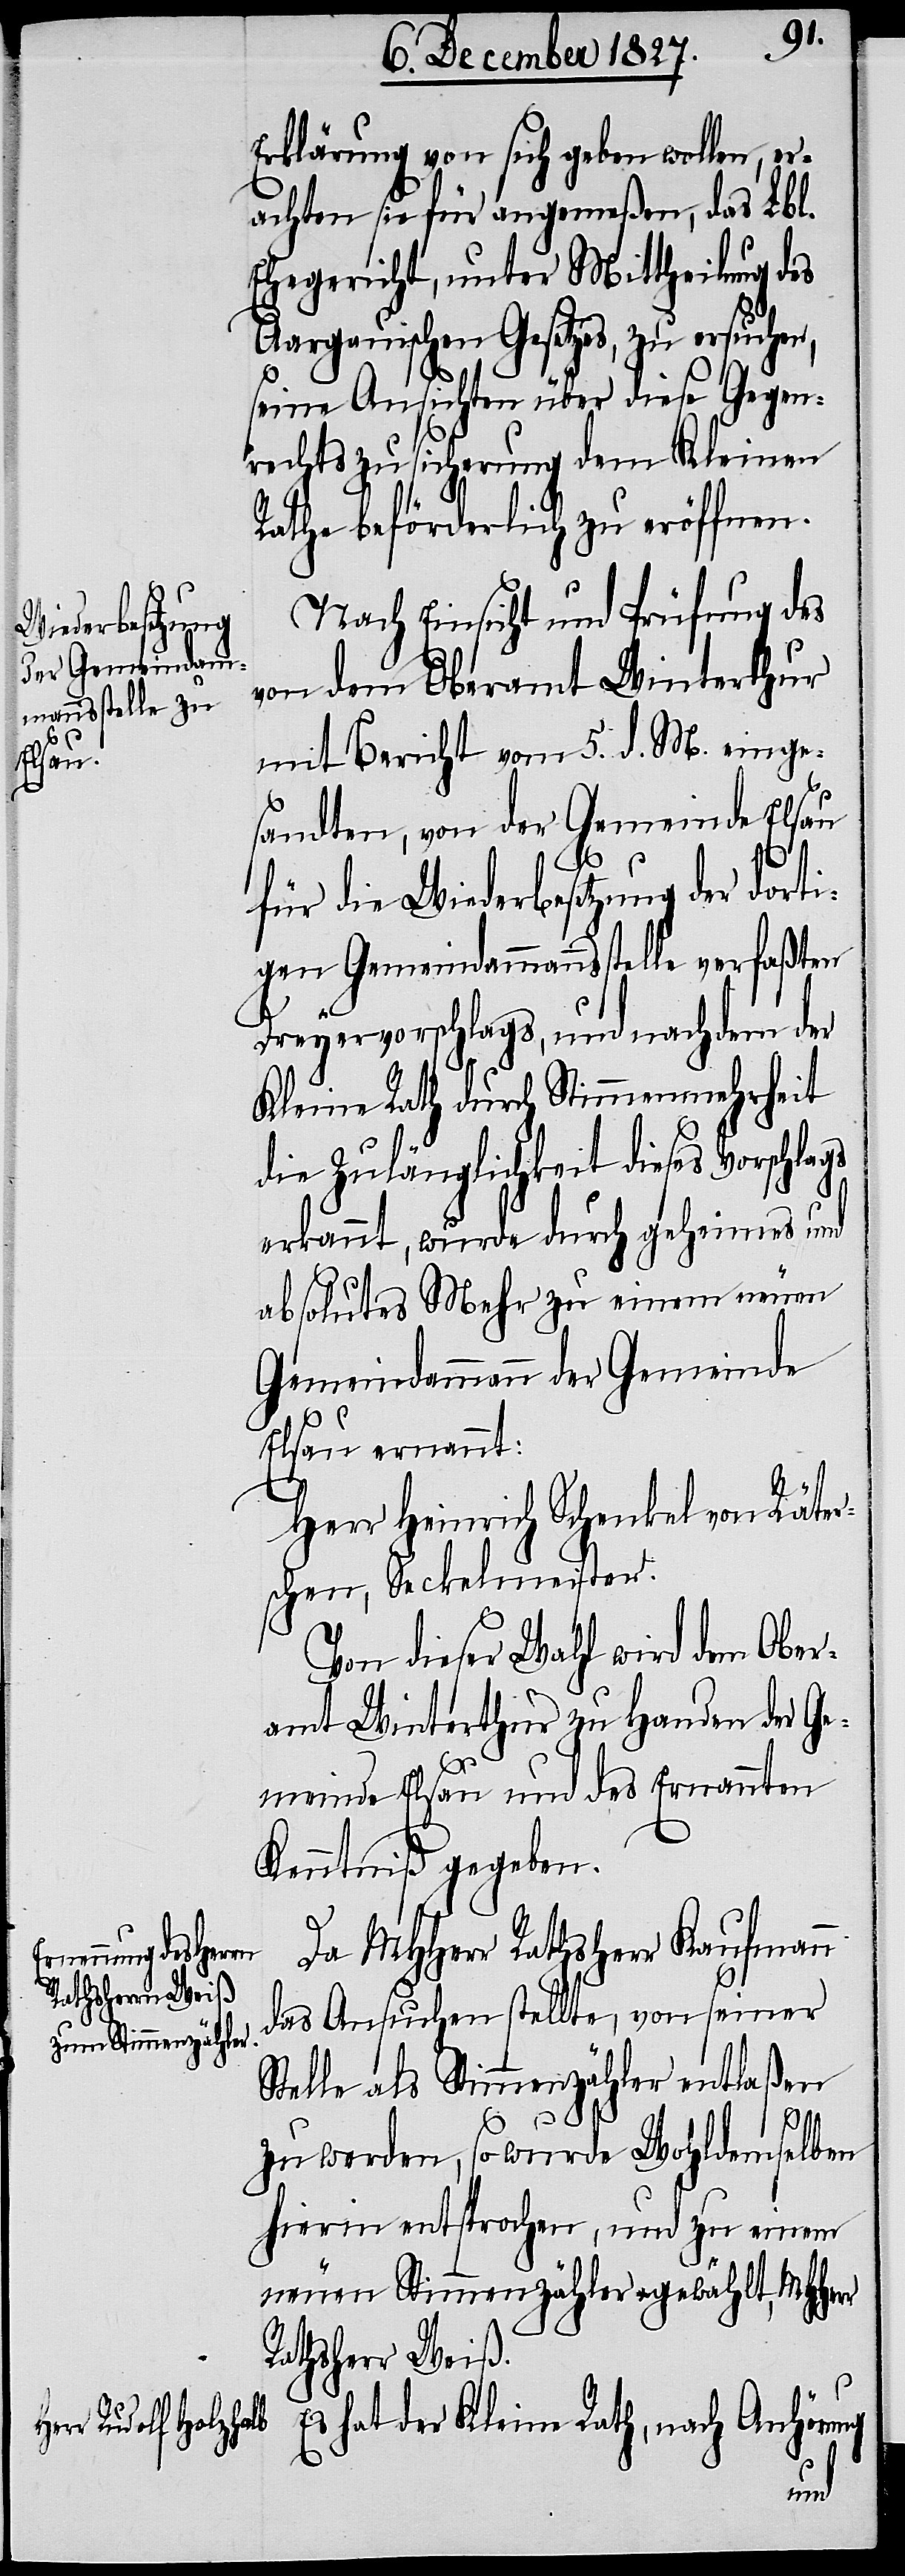
Erklärung von sich geben wollen, er¬
achten sie für angemeßen, das Lbl.
Ehegericht, unter Mittheilung des
Aargauischen Gesetzes, zu ersuche¬
seine Ansichten über diese Gegen¬
rechtszusicherung dem Kleinen
Rathe beförderlich zu eröffnen.
Nach Einsicht und Prüfung des
von dem Oberamt Winterthur
mit Bericht vom 5. d. M. einge¬
r
sandten, von der Gemeinde Elsau
für die Wiederbesetzung der dorti¬
gen Gemeindammannsstelle verfaßten
Dreyervorschlags, und nachdem der
Kleine Rath durch Stimmenmehrheit
die Zulänglichkeit dieses Vorschlags
erkannt, wurde durch geheimes und
absolutes Mehr zu einem neuen
Gemeindammann der Gemeinde
Elsau ernannt:
Herr Heinrich Schenkel von Räter¬
schen, Seckelmeister.
Von dieser Wahl wird dem Ober¬
amt Winterthur zu Handen der Ge¬
meinde Elsau und des Ernannten
Kenntniß gegeben.
Da MHHerr Rathsherr Kaufmann
das Ansuchen stellte, von seiner
Stelle als Stimmenzähler entlaßen
n,
zu werden, so wurde Wohldemselben
hierin entsprochen, und zu einem
neuen Stimmenzähler gewählt, MHHer¬
Rathsherr Weiß.
Es hat der Kleine Rath, nach Anhörung